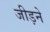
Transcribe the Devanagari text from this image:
जीड़ने